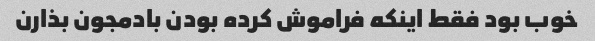
خوب بود فقط اینکه فراموش کرده بودن بادمجون بذارن